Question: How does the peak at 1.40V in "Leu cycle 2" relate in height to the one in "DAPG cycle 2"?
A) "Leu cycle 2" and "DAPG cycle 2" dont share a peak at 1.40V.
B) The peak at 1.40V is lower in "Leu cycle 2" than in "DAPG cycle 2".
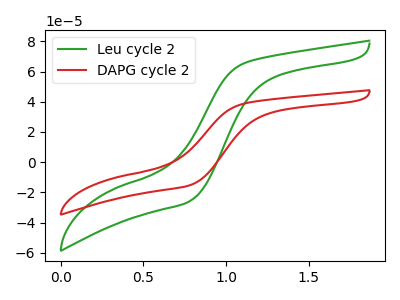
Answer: <think>The green curve "Leu cycle 2" has no peaks. The red curve "DAPG cycle 2" has no peaks.</think>
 <answer>A) "Leu cycle 2" and "DAPG cycle 2" dont share a peak at 1.40V.</answer>
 <eval>A</eval>